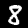
Digit: 8